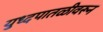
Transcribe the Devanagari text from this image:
युध्दपातळीवरून